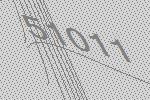
51011